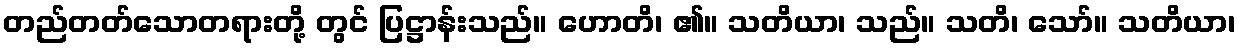
တည်တတ်သောတရားတို့ တွင် ပြဋ္ဌာန်းသည်။ ဟောတိ၊ ၏။ သတိယာ၊ သည်။ သတိ၊ သော်။ သတိယာ၊